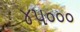
૪૫૦૦૦